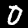
Digit: 0